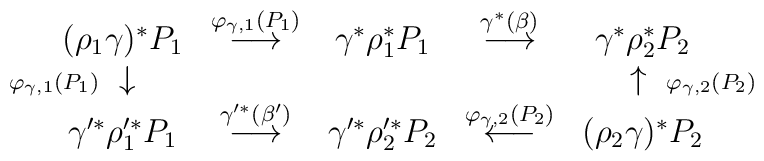
\begin{array}{ccccc}(\rho_1 \gamma)^* P_1 & \stackrel{ \varphi_{\gamma, 1}(P_1) }{ \longrightarrow } & \gamma^* \rho_1^* P_1 &\stackrel{ \gamma^*(\beta) }{ \longrightarrow } & \gamma^* \rho_2^* P_2 \\\makebox[0pt][r]{ $\scriptstyle{ \varphi_{\gamma, 1}(P_1) }$ }\downarrow & & & & \uparrow \makebox[0pt][l]{ $\scriptstyle{\varphi_{\gamma, 2}(P_2) }$ } \\\gamma'^* \rho'^*_1 P_1 & \stackrel{ \gamma'^*(\beta') }{ \longrightarrow } &\gamma'^* \rho'^*_2 P_2 & \stackrel{ \varphi_{\gamma, 2}(P_2) }{ \longleftarrow } & ( \rho_2 \gamma )^* P_2\end{array}